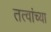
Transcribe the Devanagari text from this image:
तत्वांच्या